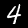
Label: 4